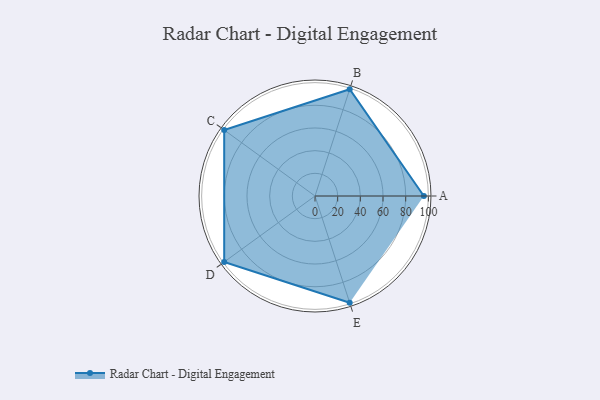
{"axis": {"x": "Skill", "y": "Score"}, "legend": ["Profile"], "data": [{"x": "A", "y": 96.0, "type": "Profile"}, {"x": "B", "y": 99, "type": "Profile"}, {"x": "C", "y": 99, "type": "Profile"}, {"x": "D", "y": 99, "type": "Profile"}, {"x": "E", "y": 99, "type": "Profile"}]}